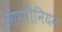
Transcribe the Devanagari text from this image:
आरमीनियन